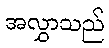
အလွှာသည်